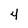
Character: 4